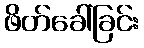
ဖိတ်ခေါ်ခြင်း